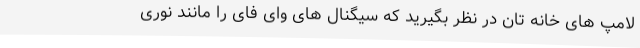
لامپ های خانه تان در نظر بگیرید که سیگنال های وای فای را مانند نوری